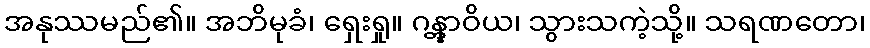
အနုဿမည်၏။ အဘိမုခံ၊ ရှေးရှု။ ဂန္တွာဝိယ၊ သွားသကဲ့သို့။ သရဏတော၊